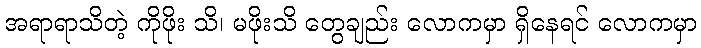
အရာရာသိတဲ့ ကိုဖိုး သိ၊ မဖိုးသိ တွေချည်း လောကမှာ ရှိနေရင် လောကမှာ